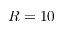
R = 1 0